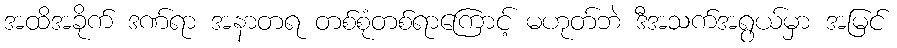
အထိအခိုက် ဒဏ်ရာ အနာတရ တစ်စုံတစ်ရာကြောင့် မဟုတ်ဘဲ ဒီအသက်အရွယ်မှာ အမြင်